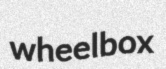
wheelbox